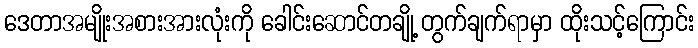
ဒေတာအမျိုးအစားအားလုံးကို ခေါင်းဆောင်တချို့ တွက်ချက်ရာမှာ ထိုးသင့်ကြောင်း